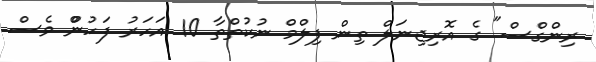
ރިންގްސް" ގެ އޮރިޖިނަލް ތިން ފިލްމް ނުކުތްތާ 10 އަހަރު ފަހުންް ވެސް